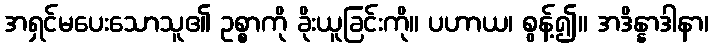
အရှင်မပေးသောသူ၏ ဥစ္စာကို ခိုးယူခြင်းကို။ ပဟာယ၊ စွန့်၍။ အဒိန္နာဒါနာ၊